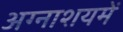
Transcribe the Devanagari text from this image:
अग्नाशयमें